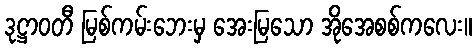
ဒုဋ္ဌာဝတီ မြစ်ကမ်းဘေးမှ အေးမြသော အိုအေစစ်ကလေး။